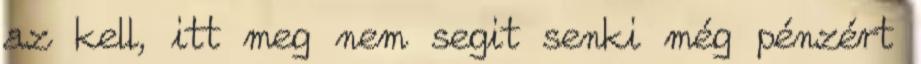
az kell, itt meg nem segit senki még pénzért